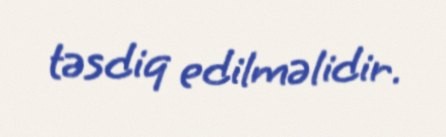
təsdiq edilməlidir.